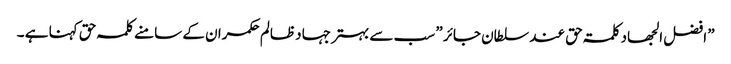
” افضل الجھاد کلمۃ حق عند سلطان جائر ” سب سے بہتر جہاد ظالم حکمران کے سامنے کلمہ حق کہنا ہے ۔